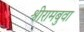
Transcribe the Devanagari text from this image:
श्रीरामबुवा